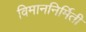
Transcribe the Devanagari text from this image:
विमाननिर्मिती